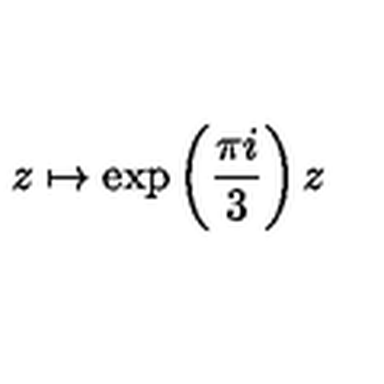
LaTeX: z \mapsto \exp \left( \frac { \pi i } { 3 } \right) z